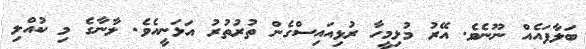
ބަލާފައެއް ނޫނެވެ. އޭރު މުޅިމީހާ ރުޅިއައިސްގެން ތުރުތުރު އަޅަނީއެވެ. ލާނާގެ މި ކުއްލި